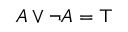
A \lor \neg A = \top